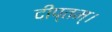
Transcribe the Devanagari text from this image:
दीप्तम्।